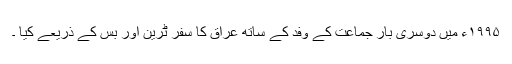
۱۹۹۵ء میں دوسری بار جماعت کے وفد کے ساتھ عراق کا سفر ٹرین اور بس کے ذریعے کیا ۔